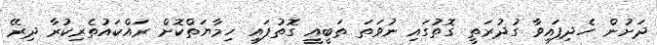
ދަށުން ހެދިފައިވާ ގުދުރަތީ ގޮތުގައި ނުވަތަ ތަބީއީ ގޮތުފައި ހިމާޔަތްކޮށް ރައްކައުތެރިކުރާ ދިރޭ